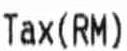
TAX (RM)